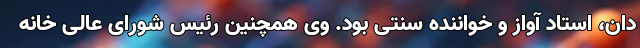
دان، استاد آواز و خواننده سنتی بود. وی همچنین رئیس شورای عالی خانه